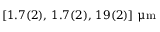
[ 1 . 7 ( 2 ) , \, 1 . 7 ( 2 ) , \, 1 9 ( 2 ) ] ~ \ensuremath { \upmu \mathrm { m } }